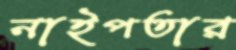
নাইপতার